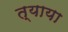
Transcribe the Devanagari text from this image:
त्याया